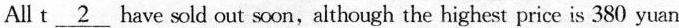
All t\underline{2} have sold out soon,although the highest price is 380 yuan